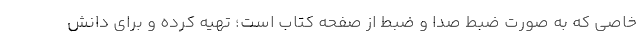
خاصی که به صورت ضبط صدا و ضبط از صفحه کتاب است؛ تهیه کرده و برای دانش